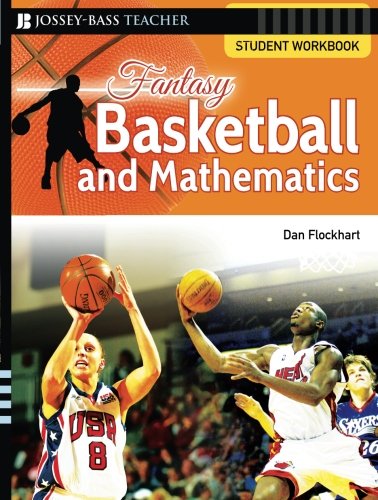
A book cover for Fantasy Basketball and Mathematics: Student Workbook; Dan Flockhart; Humor & Entertainment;